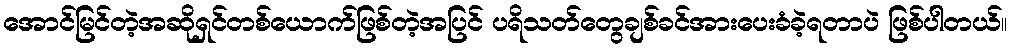
အောင်မြင်တဲ့အဆိုရှင်တစ်ယောက်ဖြစ်တဲ့အပြင် ပရိသတ်တွေချစ်ခင်အားပေးခံခဲ့ရတာပဲ ဖြစ်ပါတယ်။